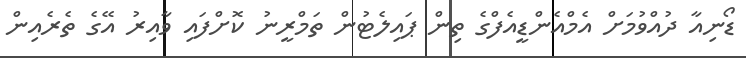
ޑޯނިއާ ދުއްވުމަށް އެމްއެންޑީއެފްގެ ތިން ޕައިލެޓުން ތަމްރީނު ކޮށްފައި ވާއިރު އޭގެ ތެރެއިން